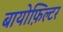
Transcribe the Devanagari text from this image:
बायोफ़िल्टर